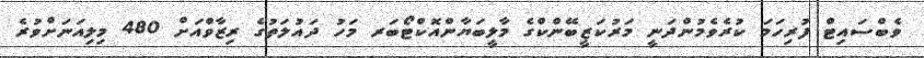
ވެބްސައިޓް ފުރިހަމަ ކުރެވެމުންދަނީ މަރުކަޒީބޭންކްގެ މާލީބަޔާންއޮކްޓޯބަރ މަހު ދައުލަތުގެ ރިޒާވްއަށް 480 މިލިއަނަށްވުރެ